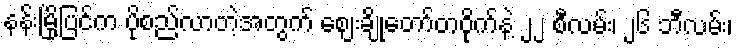
နန်းမြို့ပြင်က ပိုစည်လာတဲ့အတွက် ဈေးချိုတော်တဝိုက်နဲ့ ၂၂ စီလမ်း၊ ၂၆ ဘီလမ်း၊